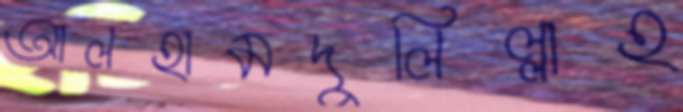
আলহামদুলিল্লাহ